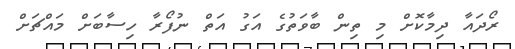
ރޯދައާ ދިމާކޮށް މި ތިން ބާވަތުގެ އަގު އަތް ނުފޯރާ ހިސާބަށް މައްޗަށް